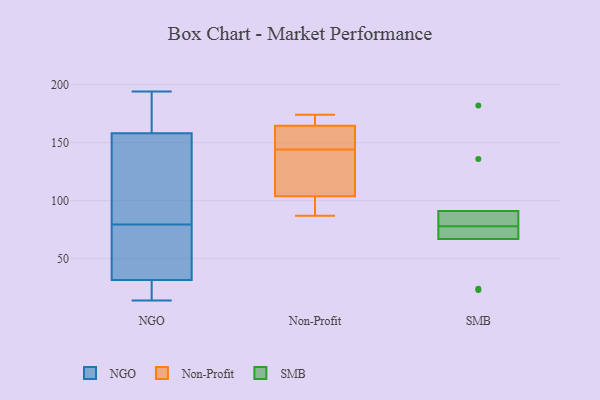
{"axis": {"x": "Churn Rate (%)", "y": "Value"}, "legend": ["NGO", "Non-Profit", "SMB"], "data": [{"x": "", "y": 171, "type": "NGO"}, {"x": "", "y": 38, "type": "NGO"}, {"x": "", "y": 14, "type": "NGO"}, {"x": "", "y": 194, "type": "NGO"}, {"x": "", "y": 93, "type": "NGO"}, {"x": "", "y": 145, "type": "NGO"}, {"x": "", "y": 60, "type": "NGO"}, {"x": "", "y": 17, "type": "NGO"}, {"x": "", "y": 25, "type": "NGO"}, {"x": "", "y": 66, "type": "NGO"}, {"x": "", "y": 187, "type": "NGO"}, {"x": "", "y": 135, "type": "NGO"}, {"x": "", "y": 169, "type": "Non-Profit"}, {"x": "", "y": 144, "type": "Non-Profit"}, {"x": "", "y": 100, "type": "Non-Profit"}, {"x": "", "y": 167, "type": "Non-Profit"}, {"x": "", "y": 128, "type": "Non-Profit"}, {"x": "", "y": 106, "type": "Non-Profit"}, {"x": "", "y": 152, "type": "Non-Profit"}, {"x": "", "y": 87, "type": "Non-Profit"}, {"x": "", "y": 174, "type": "Non-Profit"}, {"x": "", "y": 103, "type": "Non-Profit"}, {"x": "", "y": 128, "type": "Non-Profit"}, {"x": "", "y": 96, "type": "Non-Profit"}, {"x": "", "y": 157, "type": "Non-Profit"}, {"x": "", "y": 152, "type": "Non-Profit"}, {"x": "", "y": 174, "type": "Non-Profit"}, {"x": "", "y": 82, "type": "SMB"}, {"x": "", "y": 67, "type": "SMB"}, {"x": "", "y": 74, "type": "SMB"}, {"x": "", "y": 23, "type": "SMB"}, {"x": "", "y": 68, "type": "SMB"}, {"x": "", "y": 136, "type": "SMB"}, {"x": "", "y": 91, "type": "SMB"}, {"x": "", "y": 82, "type": "SMB"}, {"x": "", "y": 182, "type": "SMB"}, {"x": "", "y": 24, "type": "SMB"}]}